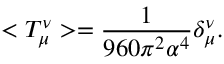
< T _ { \mu } ^ { \nu } > = \frac { 1 } { 9 6 0 \pi ^ { 2 } \alpha ^ { 4 } } \delta _ { \mu } ^ { \nu } .